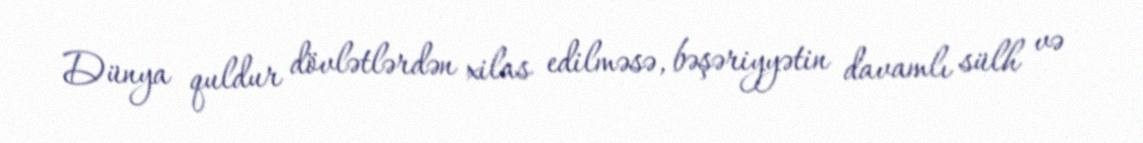
Dünya quldur dövlətlərdən xilas edilməsə, bəşəriyyətin davamlı sülh və